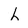
Character: L